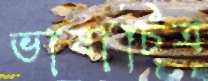
ভাষাচিত্র